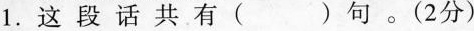
1.这段话共有( )句。(2分)